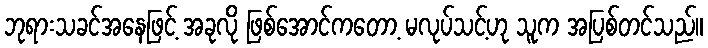
ဘုရားသခင်အနေဖြင့် အခုလို ဖြစ်အောင်ကတော့ မလုပ်သင့်ဟု သူက အပြစ်တင်သည်။